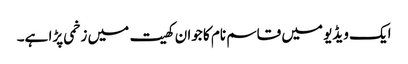
ایک ویڈیو میں قاسم نام کا جوان کھیت میں زخمی پڑا ہے۔